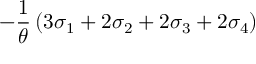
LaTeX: - \frac { 1 } { \theta } \left( 3 \sigma _ { 1 } + 2 \sigma _ { 2 } + 2 \sigma _ { 3 } + 2 \sigma _ { 4 } \right)